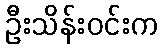
ဦးသိန်းဝင်းက